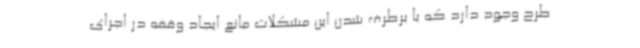
طرح وجود دارد که با برطرف شدن این مشکلات مانع ایجاد وقفه در اجرای